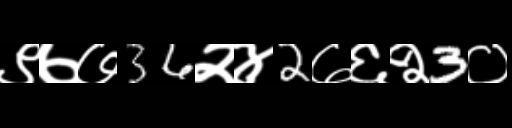
Text: ९७७36२४2७६२3०